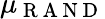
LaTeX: \mu_{\mathrm{~R~A~N~D~}}